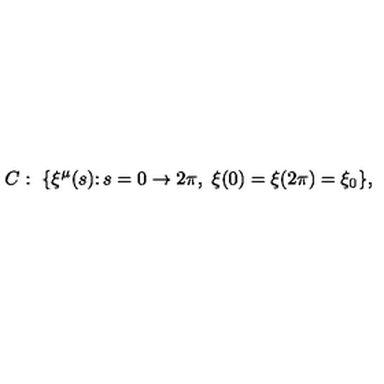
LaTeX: C : \ \{ \xi ^ { \mu } ( s ) \colon s = 0 \rightarrow 2 \pi , \ \xi ( 0 ) = \xi ( 2 \pi ) = \xi _ { 0 } \} ,